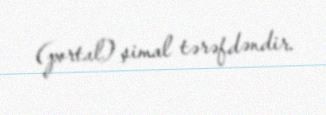
(portal) şimal tərəfdəndir.